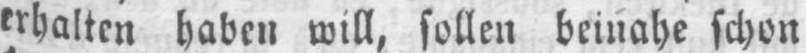
erhalten haben will, sollen beinahe schon